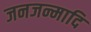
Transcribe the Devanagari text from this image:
जनजन्मादि